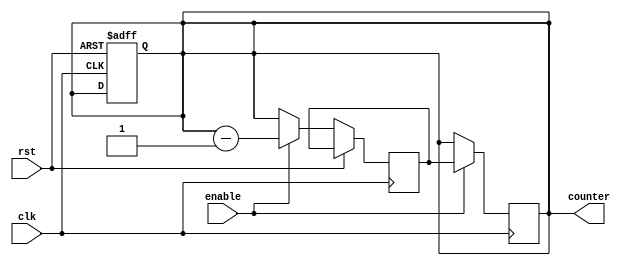
module BCD_Down_Counter(
    input wire clk,
    input wire rst,
    input wire enable,
    output reg [3:0] counter
);

reg [3:0] next_counter;

always @(posedge clk or posedge rst) begin
    if (rst) begin
        counter <= 4'b0000;
    end else if (enable) begin
        next_counter <= counter - 1;
    end else begin
        next_counter <= counter;
    end
end

always @(posedge clk) begin
    if (enable) begin
        counter <= next_counter;
    end
end

endmodule